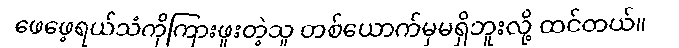
ဖေဖေ့ရယ်သံကိုကြားဖူးတဲ့သူ တစ်ယောက်မှမရှိဘူးလို့ ထင်တယ်။